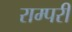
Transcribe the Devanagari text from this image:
राम्परी